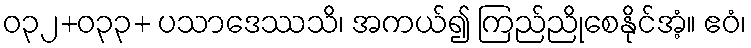
ဝ၃၂+ဝ၃၃+ ပသာဒေဿသိ၊ အကယ်၍ ကြည်ညိုစေနိုင်အံ့။ ဧဝံ၊